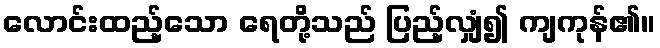
လောင်းထည့်သော ရေတို့သည် ပြည့်လျှံ၍ ကျကုန်၏။